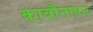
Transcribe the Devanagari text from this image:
काबौनापन